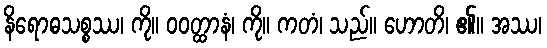
နိရောဓသစ္စဿ၊ ကို။ ဝဝတ္ထာနံ၊ ကို။ ကတံ၊ သည်။ ဟောတိ၊ ၏။ အဿ၊